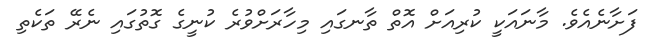
ފަށާނެއެވެ. މާނައަކީ ކުރިއަށް އޮތް ތާނގައި މިހާރަށްވުރެ ކުނީގެ ގޮތުގައި ނެރޭ ތަކެތި